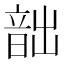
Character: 韷